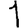
Digit: 1